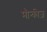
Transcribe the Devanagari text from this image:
मौन्कीज़